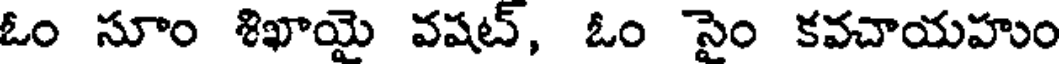
ఓం సూం శిఖాయై వషట్, ఓం సైం కవచాయహుం